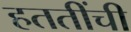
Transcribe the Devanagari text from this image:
हततींची